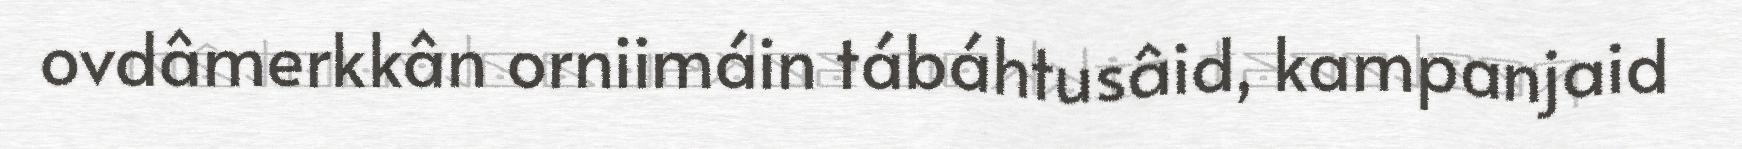
ovdâmerkkân orniimáin tábáhtusâid, kampanjaid